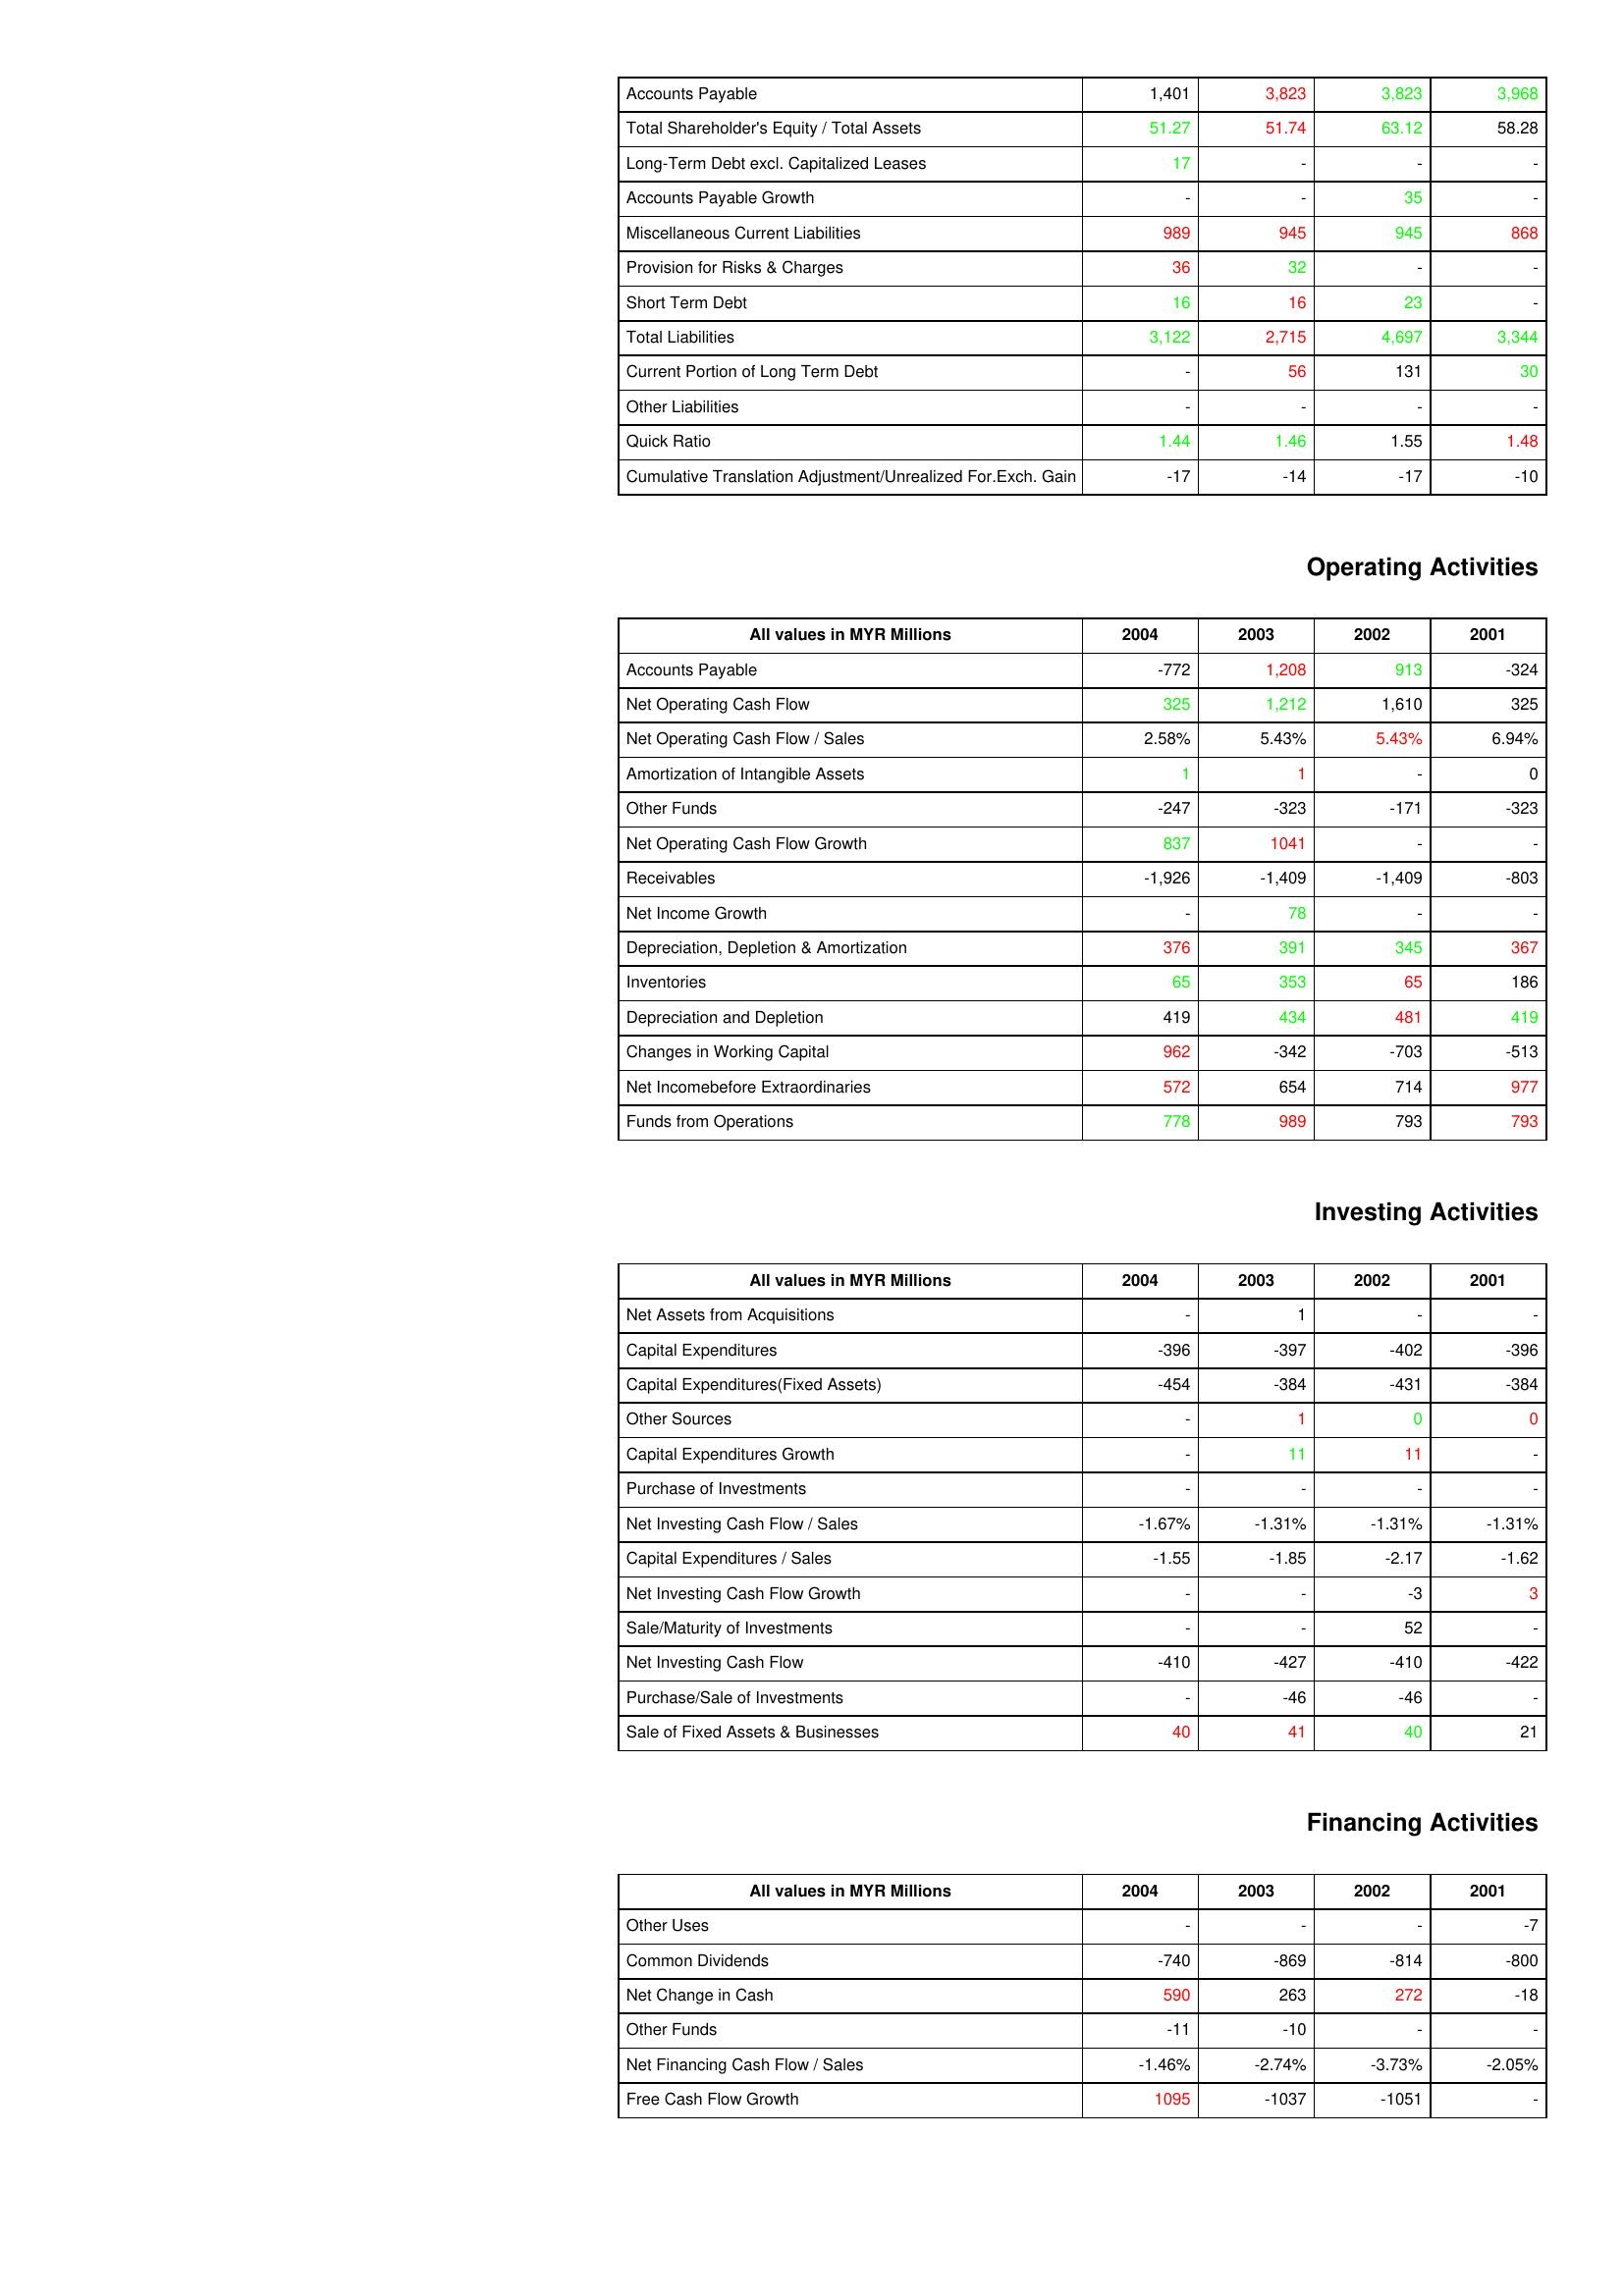
gt_parse: 2004: Liabilities & Shareholder's Equity: Accounts Payable: 1,401
Total Shareholder's Equity / Total Assets: 51.27
Long-Term Debt excl. Capitalized Leases: 17
Accounts Payable Growth: -
Miscellaneous Current Liabilities: 989
Provision for Risks & Charges: 36
Short Term Debt: 16
Total Liabilities: 3,122
Current Portion of Long Term Debt: -
Other Liabilities: -
Quick Ratio: 1.44
Cumulative Translation Adjustment/Unrealized For.Exch. Gain: -17
Operating Activities: Accounts Payable: -772
Net Operating Cash Flow: 325
Net Operating Cash Flow / Sales: 2.58%
Amortization of Intangible Assets: 1
Other Funds: -247
Net Operating Cash Flow Growth: 837
Receivables: -1,926
Net Income Growth: -
Depreciation, Depletion & Amortization: 376
Inventories: 65
Depreciation and Depletion: 419
Changes in Working Capital: 962
Net Incomebefore Extraordinaries: 572
Funds from Operations: 778
Investing Activities: Net Assets from Acquisitions: -
Capital Expenditures: -396
Capital Expenditures(Fixed Assets): -454
Other Sources: -
Capital Expenditures Growth: -
Purchase of Investments: -
Net Investing Cash Flow / Sales: -1.67%
Capital Expenditures / Sales: -1.55
Net Investing Cash Flow Growth: -
Sale/Maturity of Investments: -
Net Investing Cash Flow: -410
Purchase/Sale of Investments: -
Sale of Fixed Assets & Businesses: 40
Financing Activities: Other Uses: -
Common Dividends: -740
Net Change in Cash: 590
Other Funds: -11
Net Financing Cash Flow / Sales: -1.46%
Free Cash Flow Growth: 1095
2003: Liabilities & Shareholder's Equity: Accounts Payable: 3,823
Total Shareholder's Equity / Total Assets: 51.74
Long-Term Debt excl. Capitalized Leases: -
Accounts Payable Growth: -
Miscellaneous Current Liabilities: 945
Provision for Risks & Charges: 32
Short Term Debt: 16
Total Liabilities: 2,715
Current Portion of Long Term Debt: 56
Other Liabilities: -
Quick Ratio: 1.46
Cumulative Translation Adjustment/Unrealized For.Exch. Gain: -14
Operating Activities: Accounts Payable: 1,208
Net Operating Cash Flow: 1,212
Net Operating Cash Flow / Sales: 5.43%
Amortization of Intangible Assets: 1
Other Funds: -323
Net Operating Cash Flow Growth: 1041
Receivables: -1,409
Net Income Growth: 78
Depreciation, Depletion & Amortization: 391
Inventories: 353
Depreciation and Depletion: 434
Changes in Working Capital: -342
Net Incomebefore Extraordinaries: 654
Funds from Operations: 989
Investing Activities: Net Assets from Acquisitions: 1
Capital Expenditures: -397
Capital Expenditures(Fixed Assets): -384
Other Sources: 1
Capital Expenditures Growth: 11
Purchase of Investments: -
Net Investing Cash Flow / Sales: -1.31%
Capital Expenditures / Sales: -1.85
Net Investing Cash Flow Growth: -
Sale/Maturity of Investments: -
Net Investing Cash Flow: -427
Purchase/Sale of Investments: -46
Sale of Fixed Assets & Businesses: 41
Financing Activities: Other Uses: -
Common Dividends: -869
Net Change in Cash: 263
Other Funds: -10
Net Financing Cash Flow / Sales: -2.74%
Free Cash Flow Growth: -1037
2002: Liabilities & Shareholder's Equity: Accounts Payable: 3,823
Total Shareholder's Equity / Total Assets: 63.12
Long-Term Debt excl. Capitalized Leases: -
Accounts Payable Growth: 35
Miscellaneous Current Liabilities: 945
Provision for Risks & Charges: -
Short Term Debt: 23
Total Liabilities: 4,697
Current Portion of Long Term Debt: 131
Other Liabilities: -
Quick Ratio: 1.55
Cumulative Translation Adjustment/Unrealized For.Exch. Gain: -17
Operating Activities: Accounts Payable: 913
Net Operating Cash Flow: 1,610
Net Operating Cash Flow / Sales: 5.43%
Amortization of Intangible Assets: -
Other Funds: -171
Net Operating Cash Flow Growth: -
Receivables: -1,409
Net Income Growth: -
Depreciation, Depletion & Amortization: 345
Inventories: 65
Depreciation and Depletion: 481
Changes in Working Capital: -703
Net Incomebefore Extraordinaries: 714
Funds from Operations: 793
Investing Activities: Net Assets from Acquisitions: -
Capital Expenditures: -402
Capital Expenditures(Fixed Assets): -431
Other Sources: 0
Capital Expenditures Growth: 11
Purchase of Investments: -
Net Investing Cash Flow / Sales: -1.31%
Capital Expenditures / Sales: -2.17
Net Investing Cash Flow Growth: -3
Sale/Maturity of Investments: 52
Net Investing Cash Flow: -410
Purchase/Sale of Investments: -46
Sale of Fixed Assets & Businesses: 40
Financing Activities: Other Uses: -
Common Dividends: -814
Net Change in Cash: 272
Other Funds: -
Net Financing Cash Flow / Sales: -3.73%
Free Cash Flow Growth: -1051
2001: Liabilities & Shareholder's Equity: Accounts Payable: 3,968
Total Shareholder's Equity / Total Assets: 58.28
Long-Term Debt excl. Capitalized Leases: -
Accounts Payable Growth: -
Miscellaneous Current Liabilities: 868
Provision for Risks & Charges: -
Short Term Debt: -
Total Liabilities: 3,344
Current Portion of Long Term Debt: 30
Other Liabilities: -
Quick Ratio: 1.48
Cumulative Translation Adjustment/Unrealized For.Exch. Gain: -10
Operating Activities: Accounts Payable: -324
Net Operating Cash Flow: 325
Net Operating Cash Flow / Sales: 6.94%
Amortization of Intangible Assets: 0
Other Funds: -323
Net Operating Cash Flow Growth: -
Receivables: -803
Net Income Growth: -
Depreciation, Depletion & Amortization: 367
Inventories: 186
Depreciation and Depletion: 419
Changes in Working Capital: -513
Net Incomebefore Extraordinaries: 977
Funds from Operations: 793
Investing Activities: Net Assets from Acquisitions: -
Capital Expenditures: -396
Capital Expenditures(Fixed Assets): -384
Other Sources: 0
Capital Expenditures Growth: -
Purchase of Investments: -
Net Investing Cash Flow / Sales: -1.31%
Capital Expenditures / Sales: -1.62
Net Investing Cash Flow Growth: 3
Sale/Maturity of Investments: -
Net Investing Cash Flow: -422
Purchase/Sale of Investments: -
Sale of Fixed Assets & Businesses: 21
Financing Activities: Other Uses: -7
Common Dividends: -800
Net Change in Cash: -18
Other Funds: -
Net Financing Cash Flow / Sales: -2.05%
Free Cash Flow Growth: -